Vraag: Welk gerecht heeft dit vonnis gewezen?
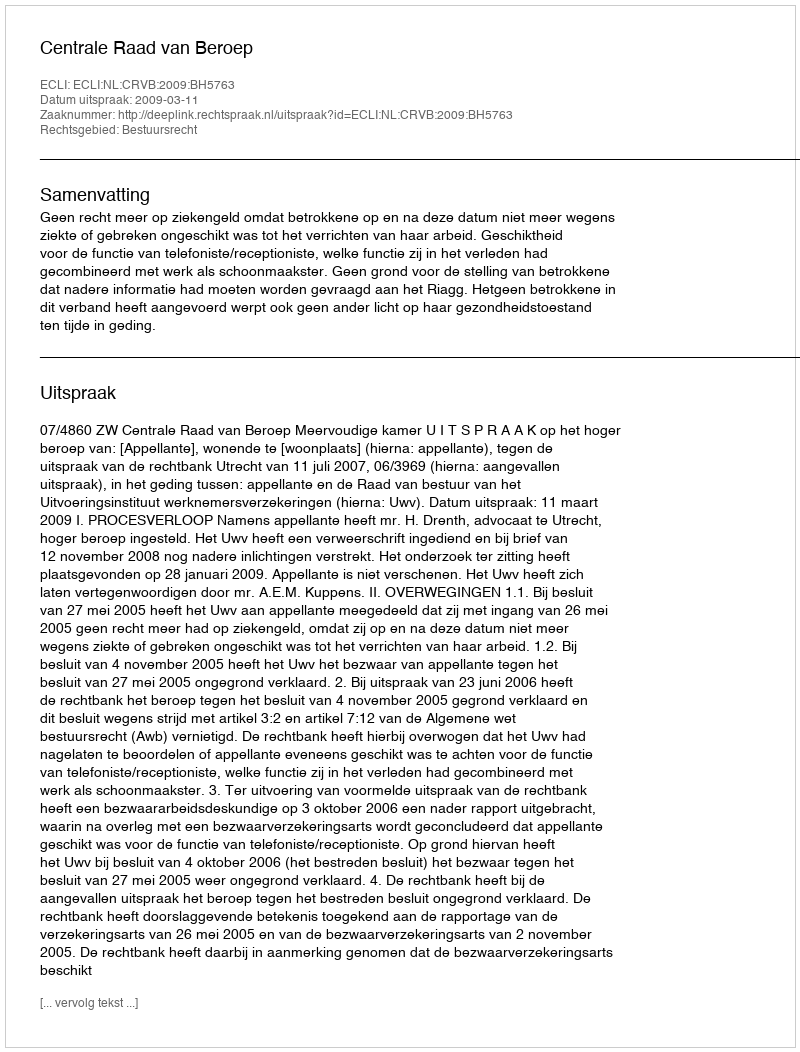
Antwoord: Centrale Raad van Beroep